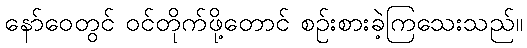
နော်ဝေတွင် ဝင်တိုက်ဖို့တောင် စဉ်းစားခဲ့ကြသေးသည်။